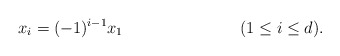
\begin{align*} x_i &= (-1)^{i-1} x_1 && (1 \leq i \leq d). \end{align*}